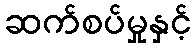
ဆက်စပ်မှုနှင့်